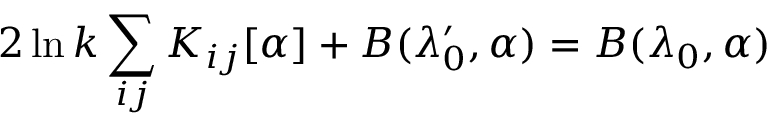
2 \ln k \sum _ { i j } K _ { i j } [ \alpha ] + B ( \lambda _ { 0 } ^ { \prime } , \alpha ) = B ( \lambda _ { 0 } , \alpha )